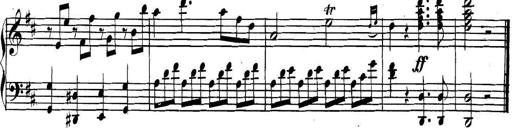
Title: Collected Piano Sonatas
Composer: Muzio Clementi